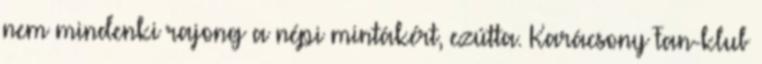
nem mindenki rajong a népi mintákért, ezútta. Karácsony Fan-klub